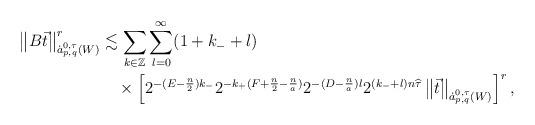
LaTeX: \begin{align*}\left\|B\vec{t}\right\|_{\dot a^{0,\tau}_{p,q}(W)}^r&\lesssim\sum_{k\in\mathbb{Z}}\sum_{l=0}^\infty(1+k_-+l)\\&\quad\times\left[2^{-(E-\frac{n}{2})k_-}2^{-k_+(F+\frac{n}{2}-\frac{n}{a})}2^{-(D-\frac{n}{a})l}2^{(k_-+l)n\widehat\tau}\left\|\vec{t}\right\|_{\dot a^{0,\tau}_{p,q}(W)}\right]^r,\end{align*}